system: You are a helpful assistant.
user:
Analyze the provided spectrum to determine if it is a **"Cataclysmic Variables (CV)"**.

- **Key Indicators for CV (Check for either state):**
    - **State 1: Quiescent / Low-State (Emission-Dominated)**
        - **(Primary):** Strong and *very broad* Hydrogen Balmer emission lines (e.g., $H\alpha$ at 6563 Å, $H\beta$ at 4861 Å). The 'broadness' (high velocity dispersion, often FWHM > 1000 km/s) is the key diagnostic, indicating a high-velocity accretion disk.
        - **(Secondary):** Broad neutral Helium (He I) emission lines (e.g., 5876 Å, 6678 Å).
        - **(Key Confirmation):** Presence of high-excitation *ionized* Helium (He II) emission at 4686 Å. This is a strong indicator of accretion onto a white dwarf.
        - **(Line Profile):** Emission lines may exhibit a 'double-peaked' profile, which is a classic signature of a rotating accretion disk viewed at high inclination.

    - **State 2: Outburst / High-State (Absorption-Dominated)**
        - **(Primary):** Spectrum is dominated by a bright, blue continuum (looks like a hot star).
        - **(Secondary):** The emission lines from State 1 are weak, absent, or 'filled in', and are replaced by broad, shallow *absorption* lines (primarily Balmer and He I).
        - **(Morphology):** The overall spectrum mimics a hot B/A-type star. The crucial difference is that the absorption lines are significantly broader, shallower, and more 'washed-out' (or 'smeared') than the sharp lines of a normal stellar photosphere, due to high rotational speeds and pressure broadening in the disk.

Think first, call **spectral_visualization_tool** if needed to examine features in detail, then provide your final answer. Your response must adhere to the following strict rules:
1.  **Overall Structure:** Your response must follow the format `<think>...</think> <tool_call>...</tool_call> (if a tool is used) <answer>...</answer>`.
2.  **Tool Usage Constraint:** You may only make **one** tool call per turn.
3.  **Final Answer Format:** In the `<answer>` tag, your conclusion must be inside a `\boxed{}` command (e.g., `\boxed{YES}`), followed by your justification.

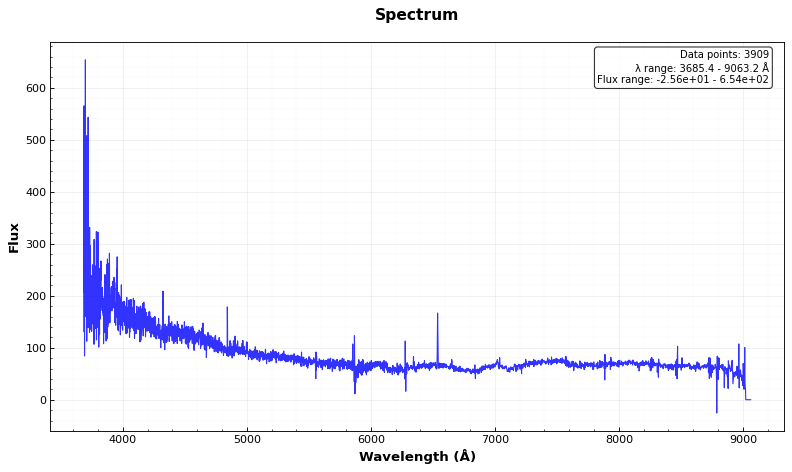
Answer: YES